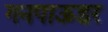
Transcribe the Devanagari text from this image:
गनपाऊडर